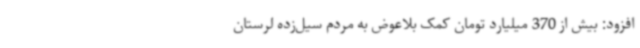
افزود: بیش از 370 میلیارد تومان کمک بلاعوض به مردم سیل‌زده لرستان